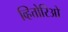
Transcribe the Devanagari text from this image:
व्हित्तोरिओ